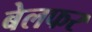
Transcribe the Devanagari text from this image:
बेलफर